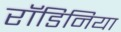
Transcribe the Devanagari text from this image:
रॉडिनिया